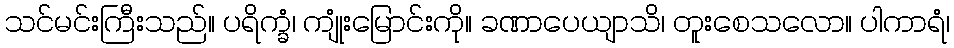
သင်မင်းကြီးသည်။ ပရိက္ခံ၊ ကျုံးမြောင်းကို။ ခဏာပေယျာသိ၊ တူးစေသလော။ ပါကာရံ၊